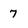
Character: 7